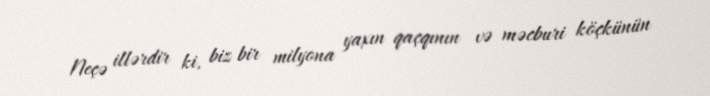
Neçə illərdir ki, biz bir milyona yaxın qaçqının və məcburi köçkünün